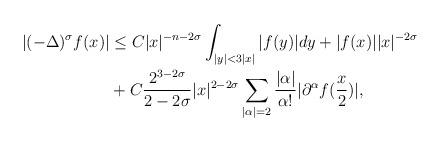
LaTeX: \begin{align*}| (-\Delta)^{\sigma} f (x)|&\leq C {|x|^{-n-2 \sigma}} \int_{|y| < 3 |x|} |f(y)| dy+ |f(x)| |x|^{-2 \sigma}\\&+ C \frac{2^{3-2 \sigma}}{2-2 \sigma}|x|^{2-2 \sigma}\sum_{|\alpha|=2} \frac{|\alpha|}{\alpha!}|\partial^\alpha f ( \frac x 2 ) |,\end{align*}